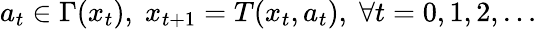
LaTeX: a_{t}\in\Gamma(x_{t}),\; x_{t+1}=T(x_{t},a_{t}),\; \forall t=0,1,2,\dots